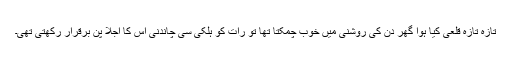
تازہ تازہ قلعی کیا ہوا گھر دن کی روشنی میں خوب چمکتا تھا تو رات کو ہلکی سی چاندنی اس کا اجلا پن برقرار رکھتی تھی۔